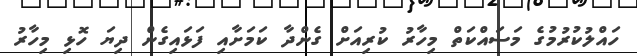
ހައްލުކުރުމުގެ މަސައްކަތް މިހާރު ކުރިއަށް ގެންދާ ކަމަށާއި ފަޅައިގެން ދިޔަ ހޮޅި މިހާރު